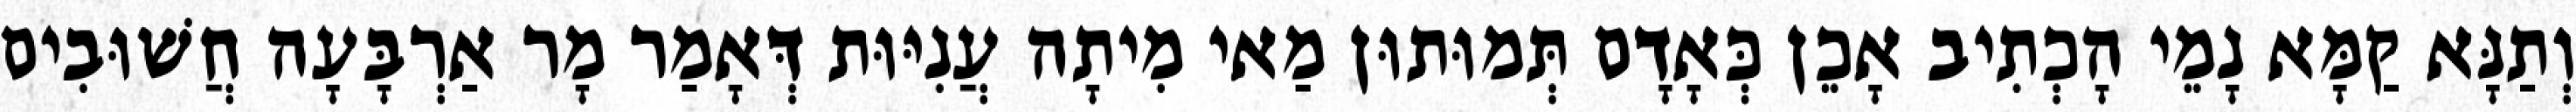
וְתַנָּא קַמָּא נָמֵי הָכְתִיב אָכֵן כְּאָדָם תְּמוּתוּן מַאי מִיתָה עֲנִיּוּת דְּאָמַר מָר אַרְבָּעָה חֲשׁוּבִים